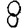
Digit: 8